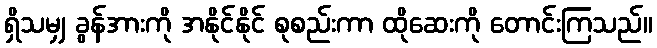
ရှိသမျှ ခွန်အားကို အနိုင်နိုင် စုစည်းကာ ထိုဆေးကို တောင်းကြသည်။